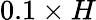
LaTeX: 0.1\times H